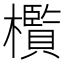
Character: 㰓